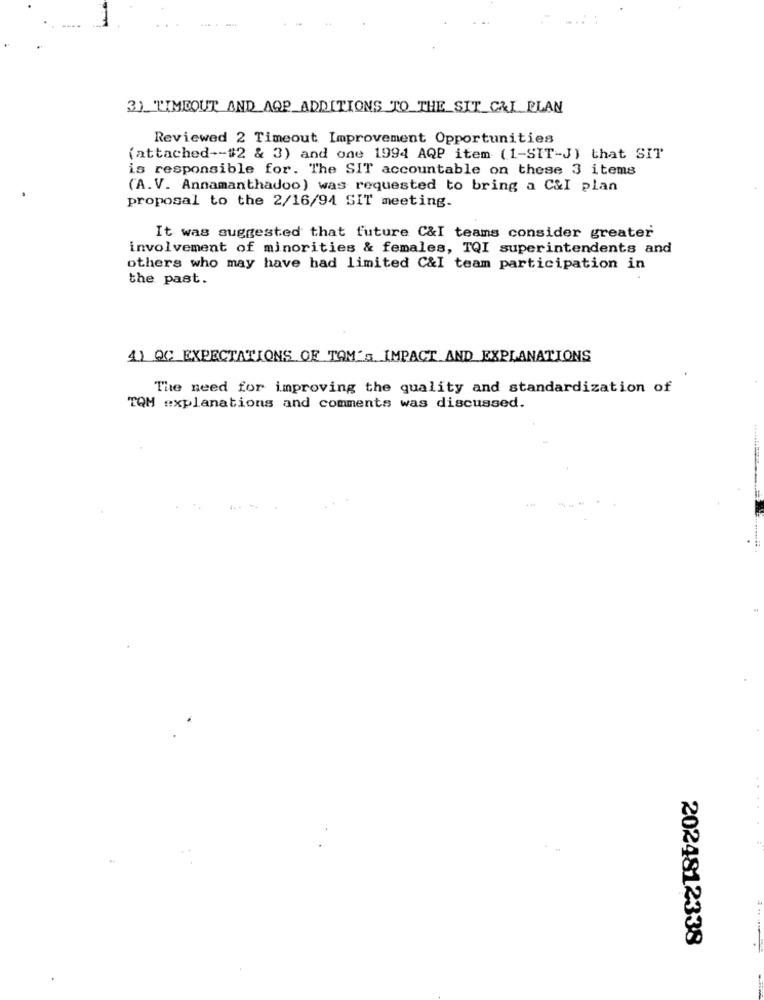
3) TIMEOUT AND AOP ADDITIONS TO THE SIT_CAL PLAN
Reviewed 2 Timeout Improvement Opportunities
(attached -- #2 & 3) and one 1994 AQP item (1-SIT-J) that SIT
is responsible for. The SIT accountable on these 3 items
(A.V. Annamanthadoo) was requested to bring a C&I plan
proposal to the 2/16/94 SIT meeting.
It was suggested that future C&I teams consider greater
involvement of minorities & females, TQI superintendents and
others who may have had limited C&I team participation in
the past.
4) QC EXPECTATIONS OF TAM's IMPACT AND EXPLANATIONS
The need for improving the quality and standardization of
TQM explanations and comments was discussed.
.....
2024812338